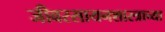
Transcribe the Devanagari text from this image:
जीवरसायनशास्त्राच्या